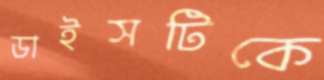
ডাইসটিকে